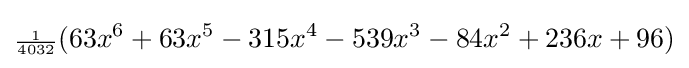
{\scriptstyle {\frac {1}{4032}}}(63x^{6}+63x^{5}-315x^{4}-539x^{3}-84x^{2}+236x+96)